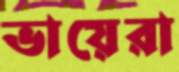
ভায়েরা